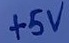
Text: +5V